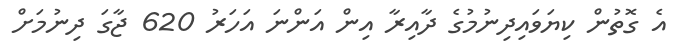
އެ ގޮތުން ކިޔަވައިދިނުމުގެ ދާއިރާ އިން އަންނަ އަހަރު 620 ޖާގަ ދިނުމަށް